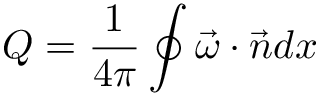
Q = \frac { 1 } { 4 \pi } \oint \vec { \omega } \cdot \vec { n } d x